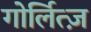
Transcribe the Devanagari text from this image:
गोर्लित्ज़